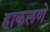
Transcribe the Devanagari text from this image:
हाकलणे